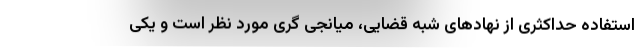
استفاده حداکثری از نهاد‌های شبه قضایی، میانجی گری مورد نظر است و یکی